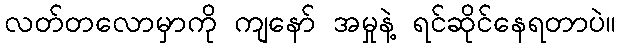
လတ်တလောမှာကို ကျနော် အမှုနဲ့ ရင်ဆိုင်နေရတာပဲ။